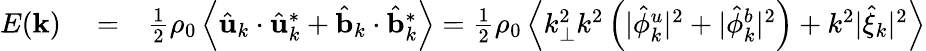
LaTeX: \begin{array}{rlr}{E({\mathbf k})}&{{}=}&{\frac{1}{2}\rho_{0}\left\langle\hat{\mathbf u}_{k}\cdot\hat{\mathbf u}_{k}^{*}+\hat{\mathbf b}_{k}\cdot\hat{\mathbf b}_{k}^{*}\right\rangle=\frac{1}{2}\rho_{0}\left\langle k_{\perp}^{2}k^{2}\left(\vert\hat{\phi}_{k}^{u}\vert^{2}+\vert\hat{\phi}_{k}^{b}\vert^{2}\right)+k^{2}\vert\hat{\xi}_{k}\vert^{2}\right\rangle}\end{array}